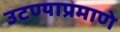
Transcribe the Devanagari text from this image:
उटण्याप्रमाणे